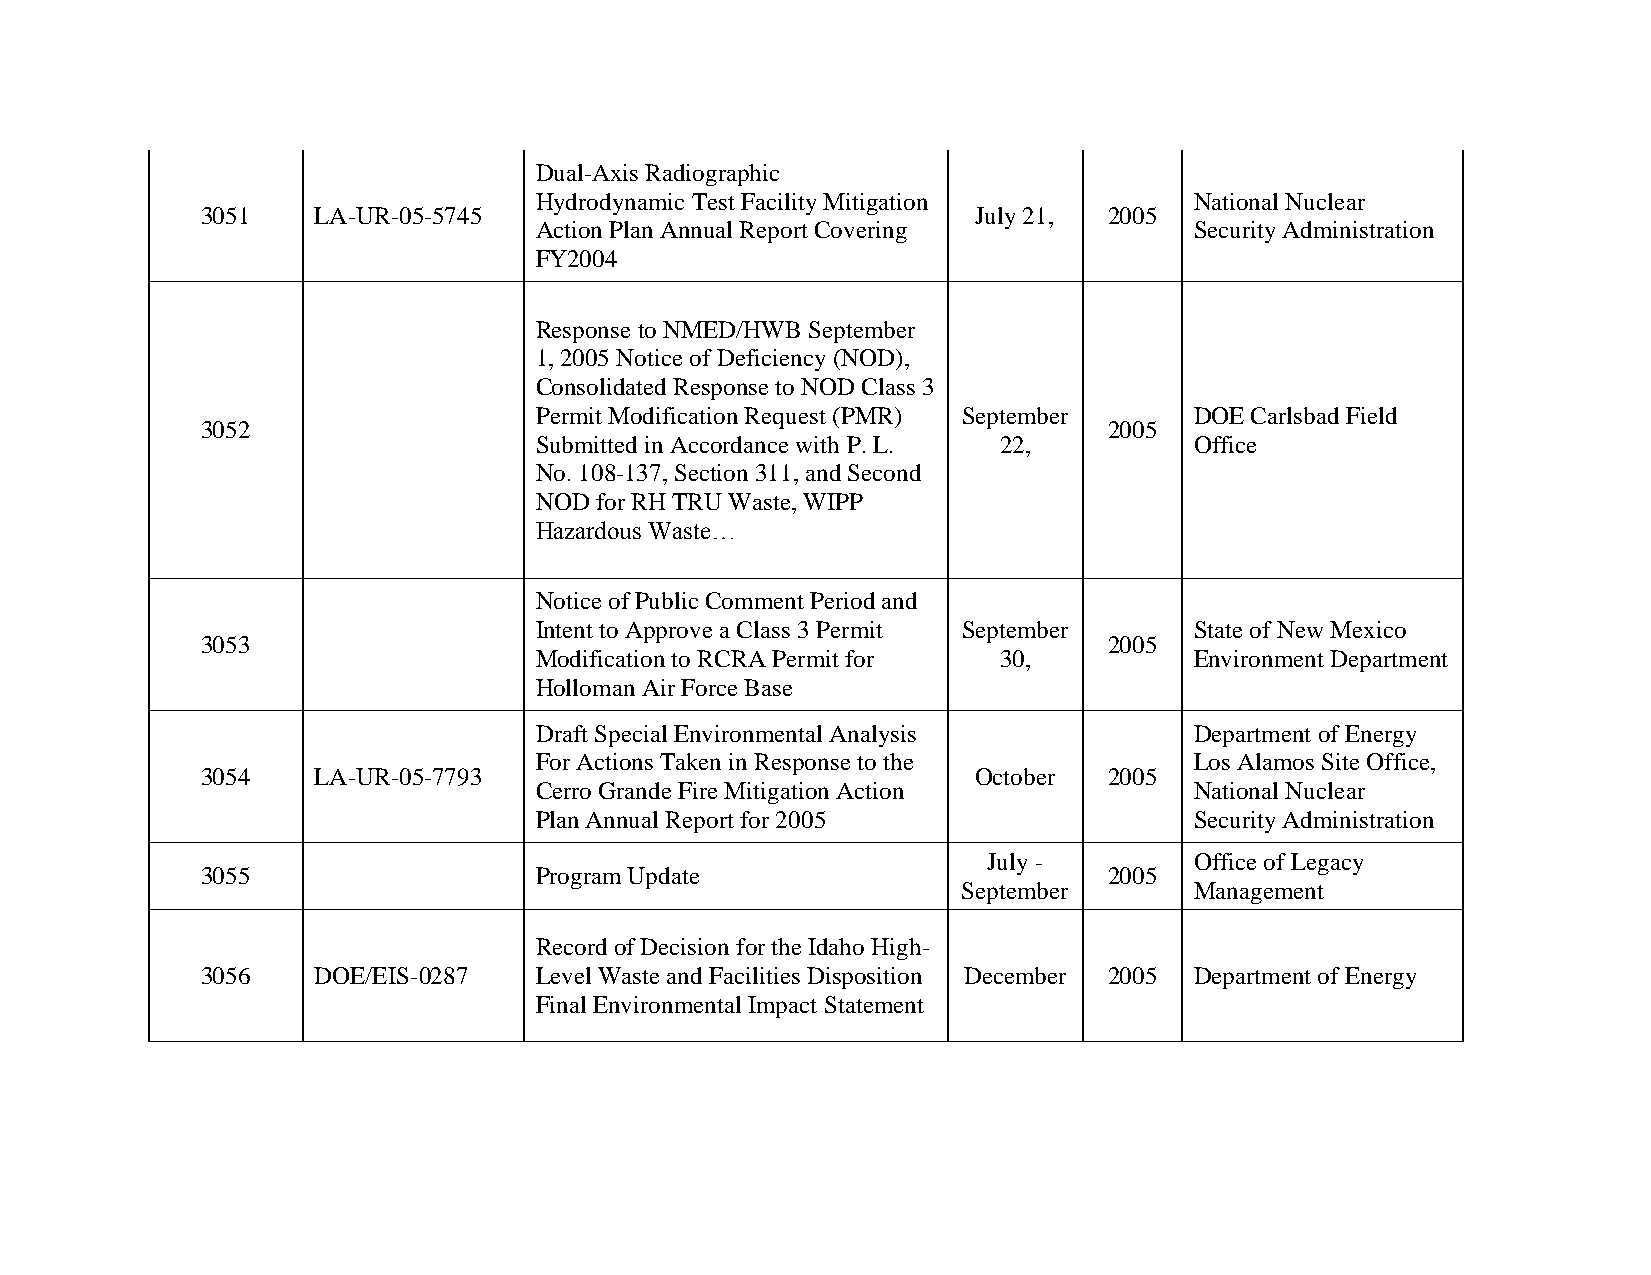
Dual-Axis Radiographic
 Hydrodynamic Test Facility Mitigation       National Nuclear
 3051    LA-UR-05-5745                               July 21, 2005
 Action Plan Annual Report Covering          Security Administration
 FY2004
 Response to NMED/HWB September
 1, 2005 Notice of Deficiency (NOD),
 Consolidated Response to NOD Class 3
 Permit Modification Request (PMR) September DOE Carlsbad Field
 3052                                                        2005
 Submitted in Accordance with P. L. 22,      Office
 No. 108-137, Section 311, and Second
 NOD for RH TRU Waste, WIPP
 Hazardous Waste…
 Notice of Public Comment Period and
 Intent to Approve a Class 3 Permit September State of New Mexico
 3053                                                        2005
 Modification to RCRA Permit for 30,         Environment Department
 Holloman Air Force Base
 Draft Special Environmental Analysis        Department of Energy
 For Actions Taken in Response to the        Los Alamos Site Office,
 3054    LA-UR-05-7793                              October  2005
 Cerro Grande Fire Mitigation Action         National Nuclear
 Plan Annual Report for 2005                 Security Administration
 July -        Office of Legacy
 3055                  Program Update                        2005
 September      Management
 Record of Decision for the Idaho High-
 3056    DOE/EIS-0287  Level Waste and Facilities Disposition December 2005 Department of Energy
 Final Environmental Impact Statement